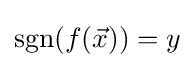
\operatorname {sgn} (f({\vec {x}}))=y